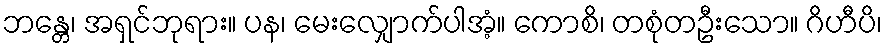
ဘန္တေ၊ အရှင်ဘုရား။ ပန၊ မေးလျှောက်ပါအံ့။ ကောစိ၊ တစုံတဦးသော။ ဂိဟီပိ၊